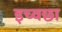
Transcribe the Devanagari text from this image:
इच्वछा